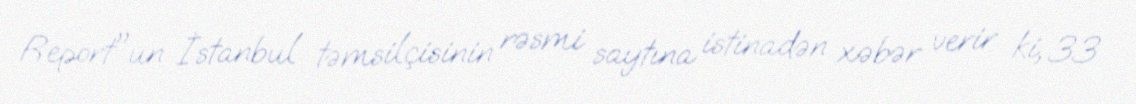
Report"un İstanbul təmsilçisinin rəsmi saytına istinadən xəbər verir ki, 33